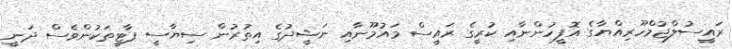
ރައީސުލްޖުމްހޫރިއްޔާގެ އޮފީހުންނާއި ކުރީގެ ރައީސް މައުމޫނާއި ނަޝީދުގެ އިތުރުން ސިޔާސީ ޕާޓީތަކުންވެސް ދަނީ